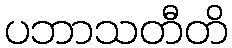
ပဘာသတီတိ